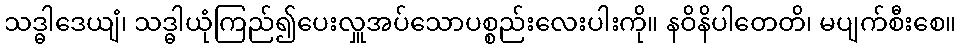
သဒ္ဓါဒေယျံ၊ သဒ္ဓါယုံကြည်၍ပေးလှူအပ်သောပစ္စည်းလေးပါးကို။ နဝိနိပါတေတိ၊ မပျက်စီးစေ။